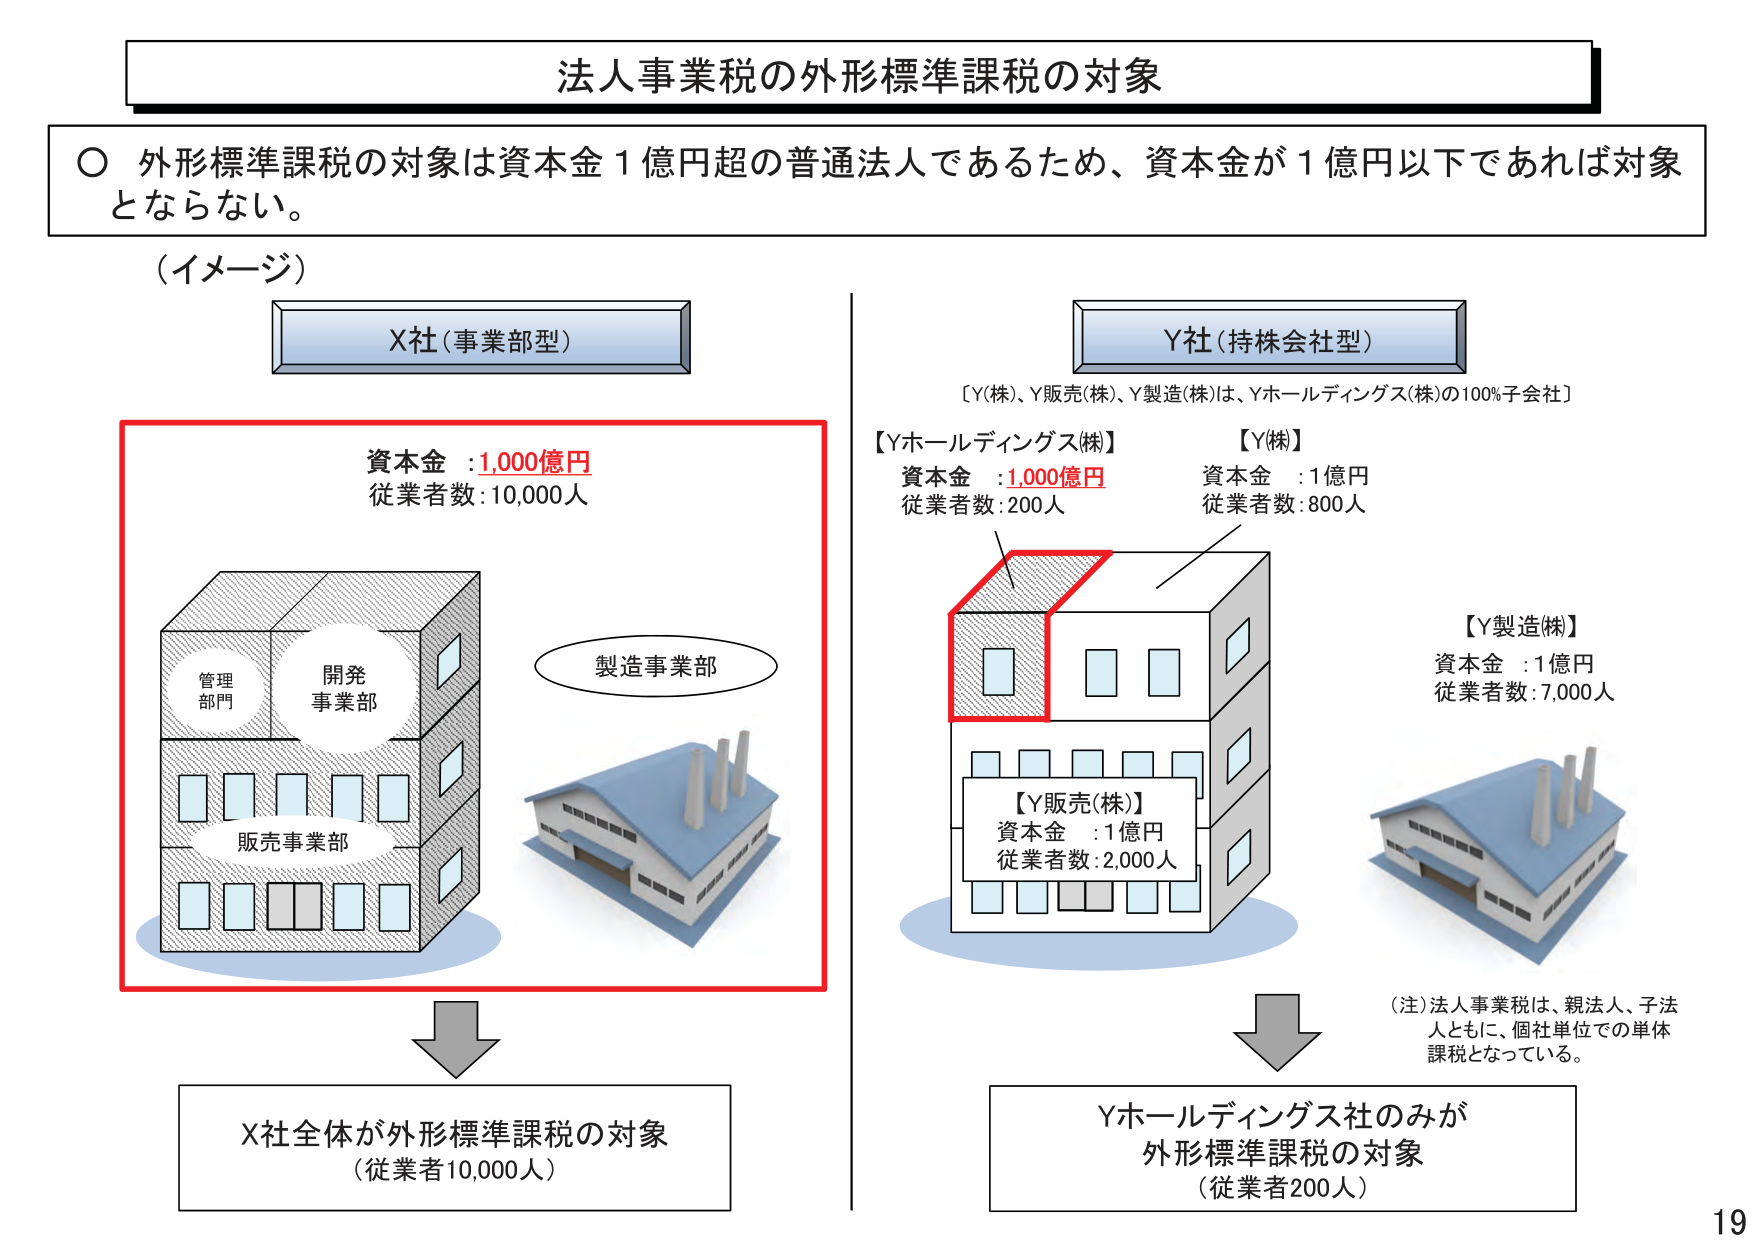
法人事業税の外形標準課税の対象

〇 外形標準課税の対象は資本金1億円超の普通法人であるため、資本金が1億円以下であれば対象とならない。

（イメージ）

X社（事業部型）

資本金：1,000億円
従業者数：10,000人

管理部門
開発事業部
販売事業部
製造事業部

X社全体が外形標準課税の対象
（従業者10,000人）

Y社（持株会社型）

［Y(株)、Y販売(株)、Y製造(株)は、Yホールディングス(株)の100%子会社］

【Yホールディングス(株)】
資本金：1,000億円
従業者数：200人

【Y(株)】
資本金：1億円
従業者数：800人

【Y販売(株)】
資本金：1億円
従業者数：2,000人

【Y製造(株)】
資本金：1億円
従業者数：7,000人

（注）法人事業税は、親法人、子法人ともに、個社単位での単体課税となっている。

Yホールディングス社のみが
外形標準課税の対象
（従業者200人）

19